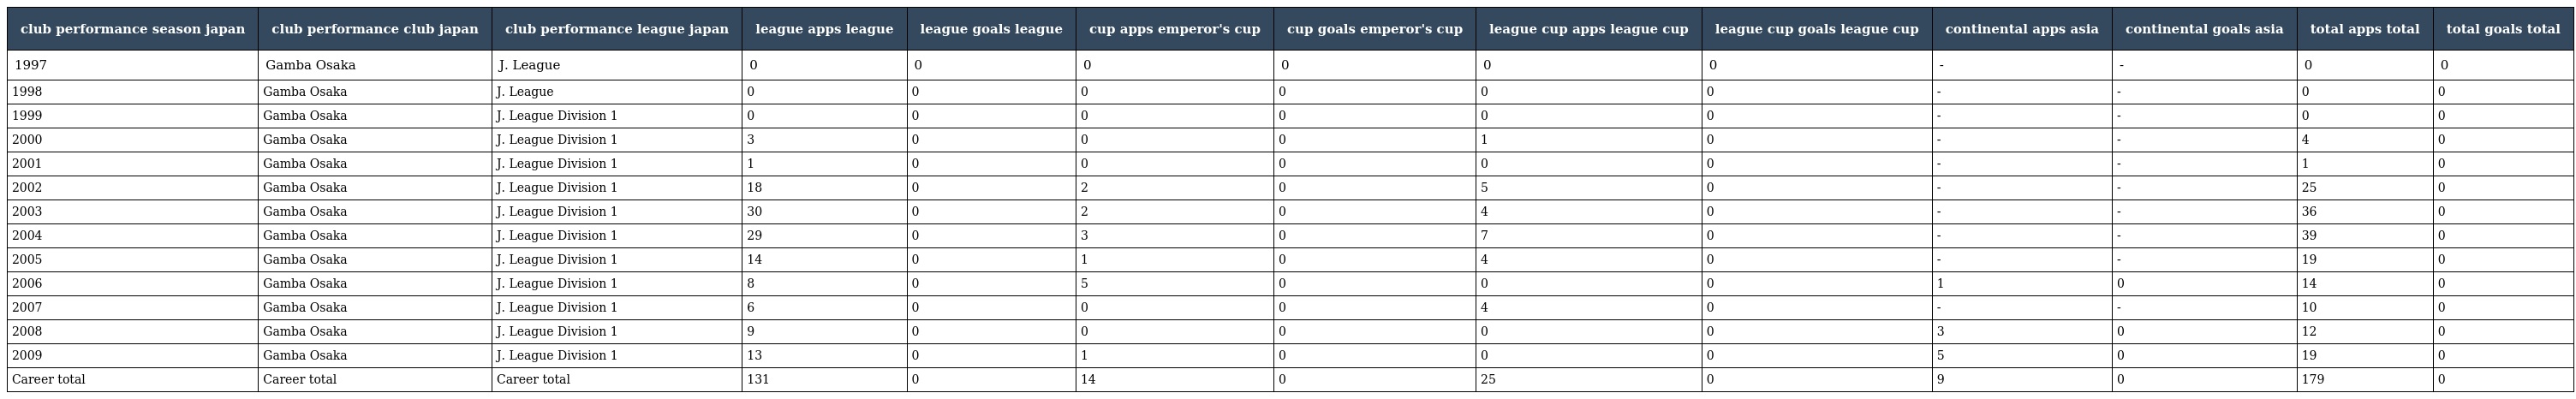
| club performance season japan | club performance club japan | club performance league japan | league apps league | league goals league | cup apps emperor's cup | cup goals emperor's cup | league cup apps league cup | league cup goals league cup | continental apps asia | continental goals asia | total apps total | total goals total |
 | --- | --- | --- | --- | --- | --- | --- | --- | --- | --- | --- | --- | --- |
 | 1997 | Gamba Osaka | J. League | 0 | 0 | 0 | 0 | 0 | 0 | - | - | 0 | 0 |
 | 1998 | Gamba Osaka | J. League | 0 | 0 | 0 | 0 | 0 | 0 | - | - | 0 | 0 |
 | 1999 | Gamba Osaka | J. League Division 1 | 0 | 0 | 0 | 0 | 0 | 0 | - | - | 0 | 0 |
 | 2000 | Gamba Osaka | J. League Division 1 | 3 | 0 | 0 | 0 | 1 | 0 | - | - | 4 | 0 |
 | 2001 | Gamba Osaka | J. League Division 1 | 1 | 0 | 0 | 0 | 0 | 0 | - | - | 1 | 0 |
 | 2002 | Gamba Osaka | J. League Division 1 | 18 | 0 | 2 | 0 | 5 | 0 | - | - | 25 | 0 |
 | 2003 | Gamba Osaka | J. League Division 1 | 30 | 0 | 2 | 0 | 4 | 0 | - | - | 36 | 0 |
 | 2004 | Gamba Osaka | J. League Division 1 | 29 | 0 | 3 | 0 | 7 | 0 | - | - | 39 | 0 |
 | 2005 | Gamba Osaka | J. League Division 1 | 14 | 0 | 1 | 0 | 4 | 0 | - | - | 19 | 0 |
 | 2006 | Gamba Osaka | J. League Division 1 | 8 | 0 | 5 | 0 | 0 | 0 | 1 | 0 | 14 | 0 |
 | 2007 | Gamba Osaka | J. League Division 1 | 6 | 0 | 0 | 0 | 4 | 0 | - | - | 10 | 0 |
 | 2008 | Gamba Osaka | J. League Division 1 | 9 | 0 | 0 | 0 | 0 | 0 | 3 | 0 | 12 | 0 |
 | 2009 | Gamba Osaka | J. League Division 1 | 13 | 0 | 1 | 0 | 0 | 0 | 5 | 0 | 19 | 0 |
 | Career total | Career total | Career total | 131 | 0 | 14 | 0 | 25 | 0 | 9 | 0 | 179 | 0 |